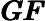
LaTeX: \pmb{GF}